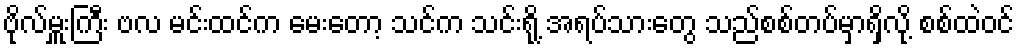
ဗိုလ်မှူးကြီး ဗလ မင်းထင်က မေးတော့ သင်က သင်းရို့ အရပ်သားတွေ သည်စစ်တပ်မှာရှိလို့ စစ်ထဲဝင်